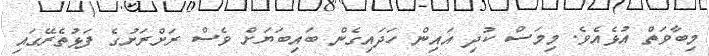
މިބާވަތް އުޅެއެވެ. މިމަސް ކުދި އައިން ހަދައިގެން ބައިބަޔަށް ވެސް ރަށްރަށުގެ ފަޅުތެރޭގައި